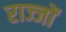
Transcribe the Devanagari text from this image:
राज्जों